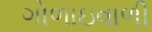
ગોળાઇવાળી